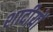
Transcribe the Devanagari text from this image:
शादीयों